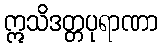
ဣသိဒတ္တပုရာဏာ